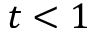
t < 1